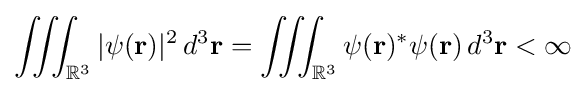
\iiint _{\mathbb {R} ^{3}}|\psi (\mathbf {r} )|^{2}\,d^{3}\mathbf {r} =\iiint _{\mathbb {R} ^{3}}\psi (\mathbf {r} )^{*}\psi (\mathbf {r} )\,d^{3}\mathbf {r} <\infty